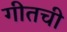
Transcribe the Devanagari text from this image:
गीतची